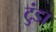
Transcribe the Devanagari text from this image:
टुंडा